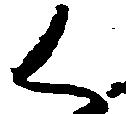
く